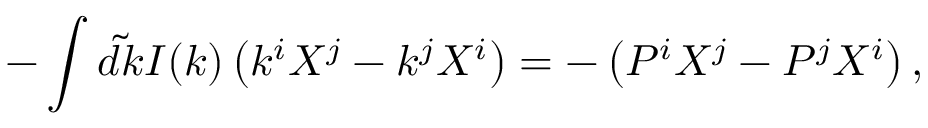
- \int \tilde { d k } I ( k ) \left( k ^ { i } X ^ { j } - k ^ { j } X ^ { i } \right) = - \left( P ^ { i } X ^ { j } - P ^ { j } X ^ { i } \right) ,